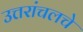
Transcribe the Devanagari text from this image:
उत्तरांचलचे